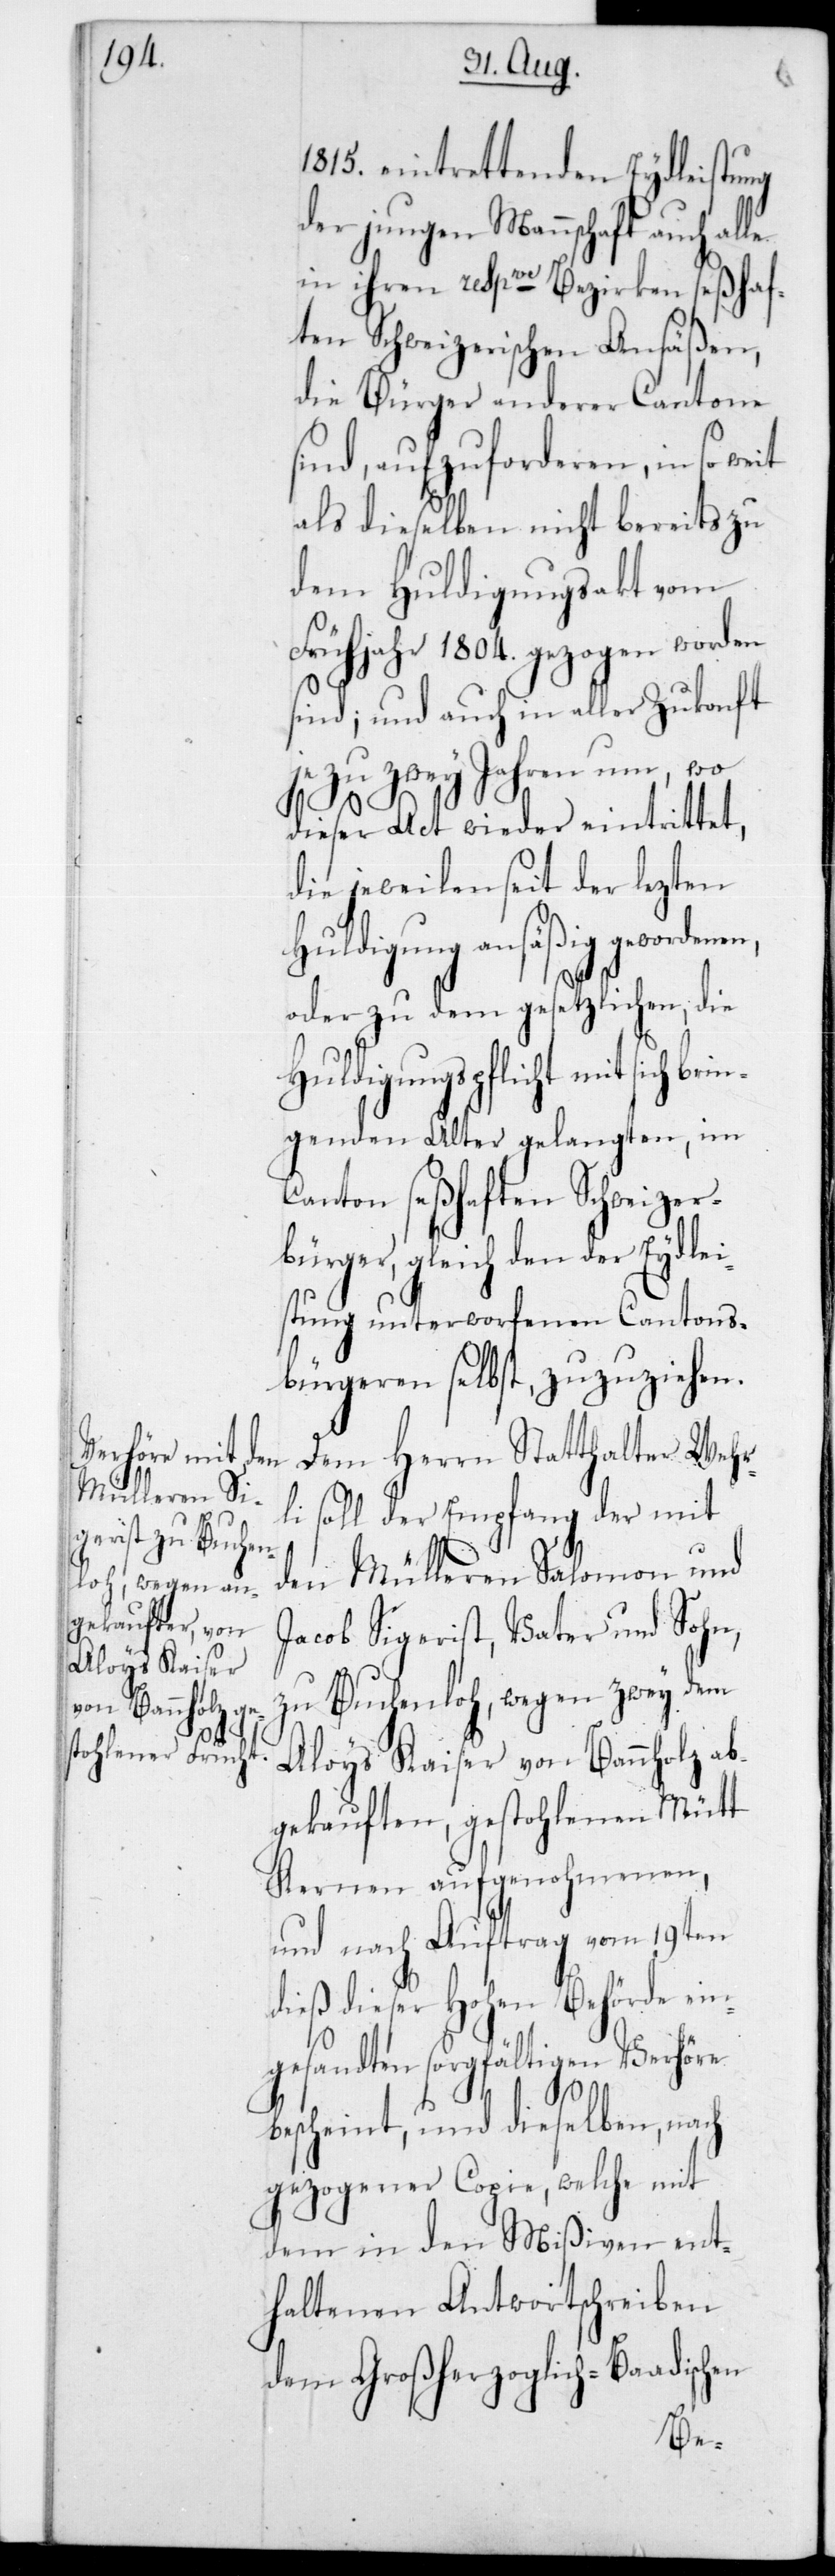
1815 eintrettenden Eydleistung
der jungen Mannschaft, auch a¬
in ihren resp.ve Bezirken seßhaf¬
ten Schweizerischen Ansäßen,
die Bürger anderer Cantone
sind, aufzuforderen, in so we¬
als dieselben nicht bereits zu
dem Huldigungsakt vom
Frühjahr 1804 gezogen worden
sind; und auch in aller Zukonft
je zu zwey Jahren um, wo
brin¬
dieser Act wieder eintrittet,
die jeweilen seit der lezten
Huldigung ansäßig gewordene¬
oder zu dem gesetzlichen, die
Huldigungspflicht mit sich
genden Alter gelangten, im
Canton seßhaften Schweizer¬
bürger, gleich den der Eydlei¬
stung unterworfenen Cantons¬
bürgeren selbst, zuzuziehen.
Dem Herrn Statthalter Wehr¬
li soll der Empfang der mit
den Mülleren Salomon und
Jacob Sigerist, Vater und Sohn,
zu Buchenloh, wegen zwey dem
Aloys Kaiser von Bannholz ab¬
gekauften, gestohlenen Mütt
Kernen aufgenohmenen,
und nach Auftrag vom 19ten
dieß dieser Hohen Behörde ein¬
gesandten sorgfältigen Verhöre
it
bescheint, und dieselben, nach
gezogener Copie, welche mit
dem in den Mißiven ent¬
haltenen Antwortschreiben
dem Großherzoglich-Baadischen